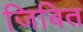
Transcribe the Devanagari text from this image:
जिबित